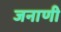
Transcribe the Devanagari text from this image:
जनाणी